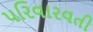
પરિવારવતી